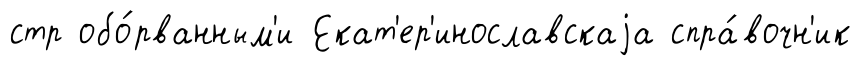
стр обо́рванным'и Екат'ер'инославскаjа спра́вочн'ик